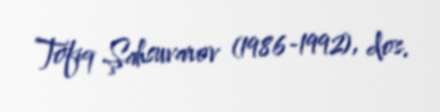
Tofiq Şahsuvarov (1986-1992), dos.